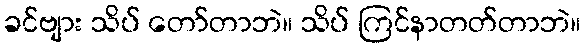
ခင်ဗျား သိပ် တော်တာဘဲ။ သိပ် ကြင်နာတတ်တာဘဲ။